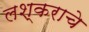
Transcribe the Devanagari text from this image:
लश्कराचे